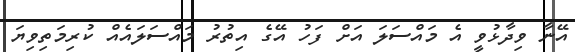
އޭނާ ވިދާޅުވީ އެ މައްސަލަ އަށް ފަހު އޭގެ އިތުރު މައްސަލައެއް ކުރިމަތިވިޔަ